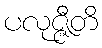
ပလုဇ္ဇီတိ